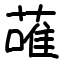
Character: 蓶